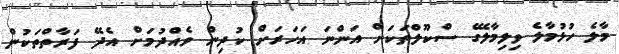
މާލެ ހުޅުމާލެ ވިލިމާލޭގެ ސްކޫލްތަކަށް އަންނަ އަހަރަށް ކުދިން ވެއްދުމަށް އެދޭ ފަރާތްތަކުން